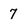
Character: 7